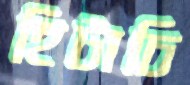
হিটাচি